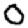
Digit: 0